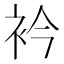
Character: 衿